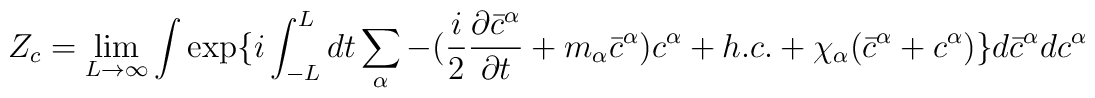
Z_c= \lim_{L \rightarrow \infty} \int \exp \{i \int_{-L}^{L}dt\sum_{\alpha}-( \frac{i}{2} \frac{ \partial \bar{c}^{\alpha}}{ \partial t}+ m_{\alpha} \bar{c}^{\alpha})c^{\alpha}+ h.c.+\chi_{\alpha}(\bar{c}^{\alpha}+c^{\alpha}) \}d \bar{c}^{\alpha}dc^{\alpha}